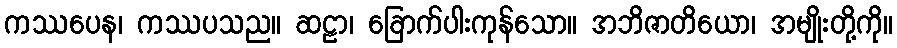
ကဿပေန၊ ကဿပသည။ ဆဠာ၊ ခြောက်ပါးကုန်သော။ အဘိဇာတိယော၊ အမျိုးတို့ကို။